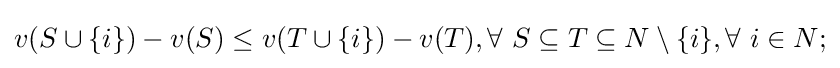
v(S\cup \{i\})-v(S)\leq v(T\cup \{i\})-v(T),\forall ~S\subseteq T\subseteq N\setminus \{i\},\forall ~i\in N;